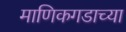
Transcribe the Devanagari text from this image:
माणिकगडाच्या